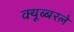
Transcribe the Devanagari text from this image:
क्यूब्बरले